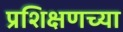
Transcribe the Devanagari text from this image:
प्रशिक्षणच्या